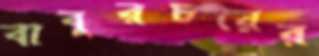
বাবুরচরের